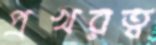
প্রখরত্ব